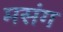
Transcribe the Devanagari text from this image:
मसंग